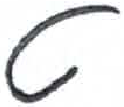
אות: ט